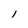
Character: 1